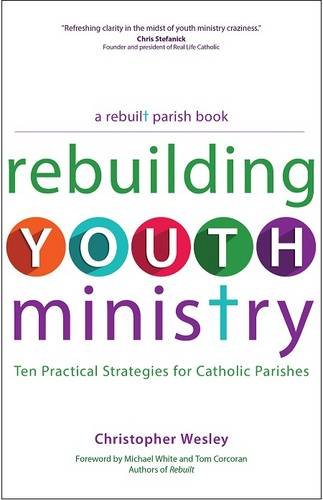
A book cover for Rebuilding Youth Ministry: Ten Practical Strategies for Catholic Parishes (A Rebuilt Parish Book); Christopher Wesley; Christian Books & Bibles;